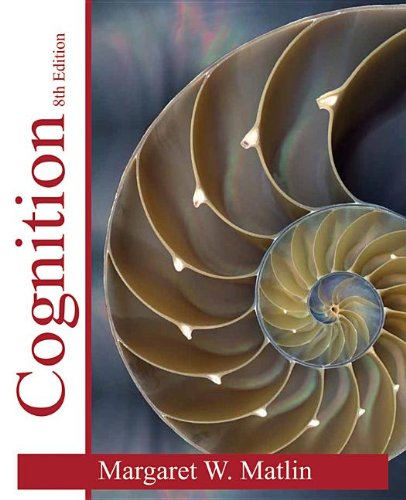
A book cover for Cognition; Margaret W. Matlin; Medical Books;